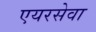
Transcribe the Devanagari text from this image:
एयरसेवा